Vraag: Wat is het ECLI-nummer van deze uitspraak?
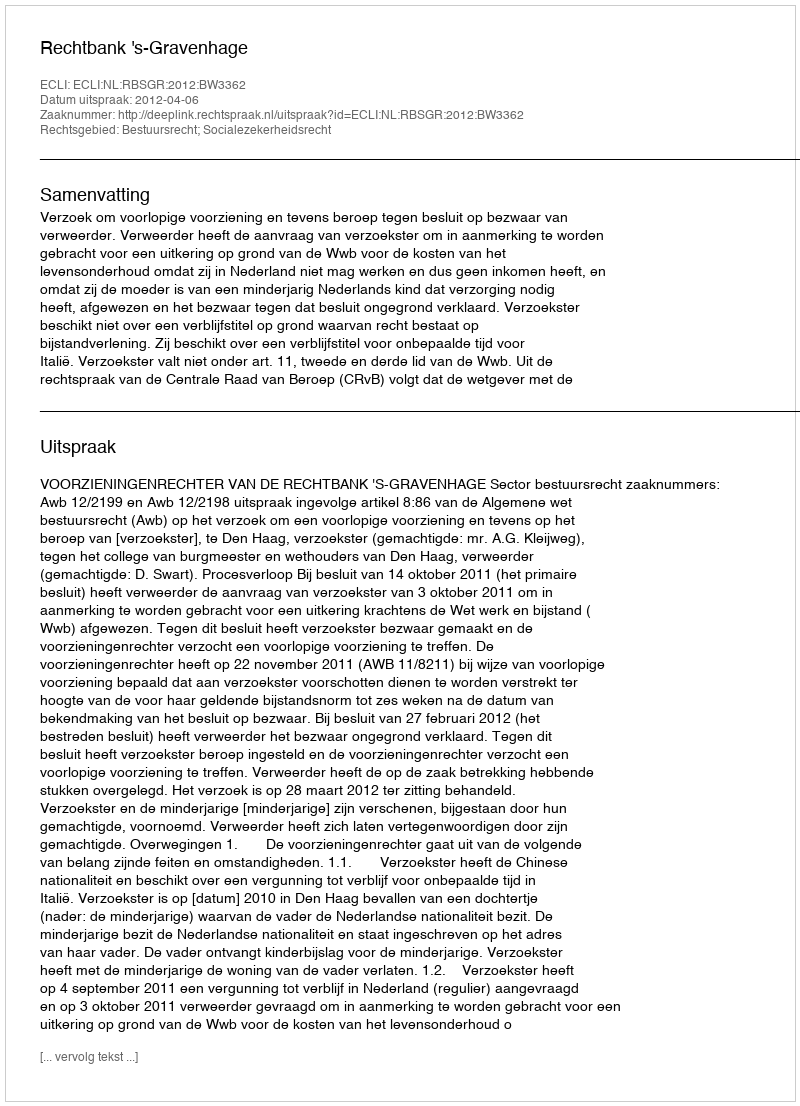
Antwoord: ECLI:NL:RBSGR:2012:BW3362